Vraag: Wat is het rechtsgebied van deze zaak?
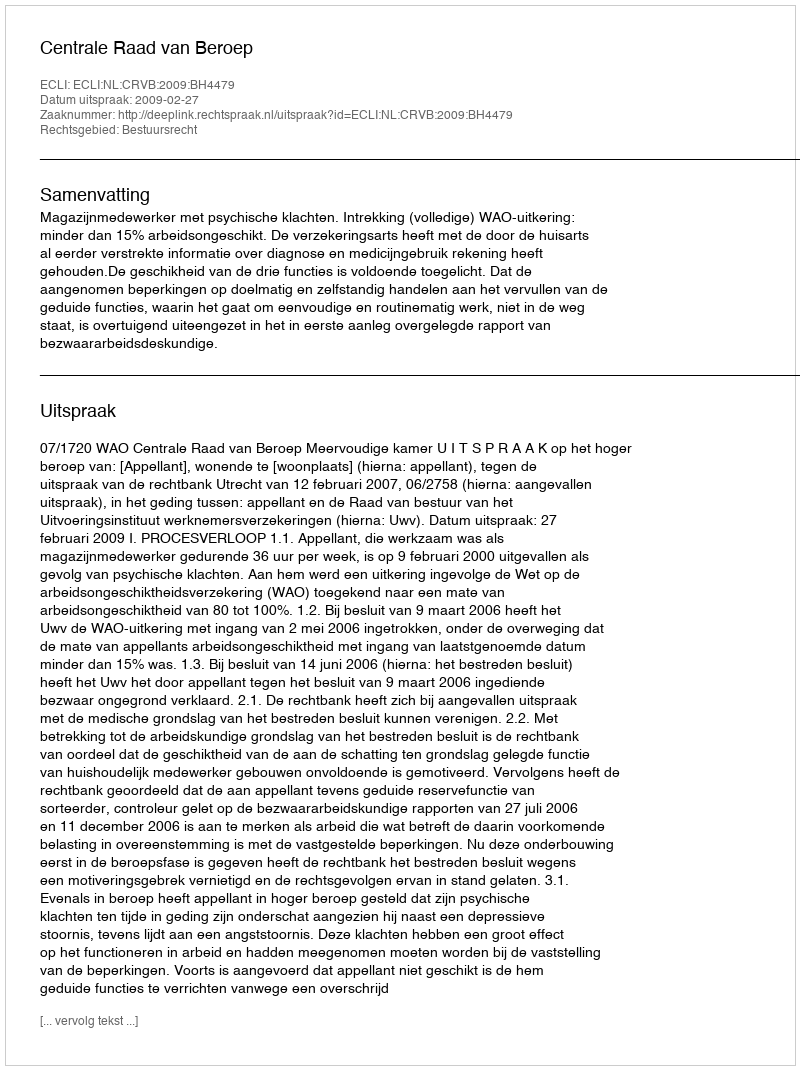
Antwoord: Bestuursrecht